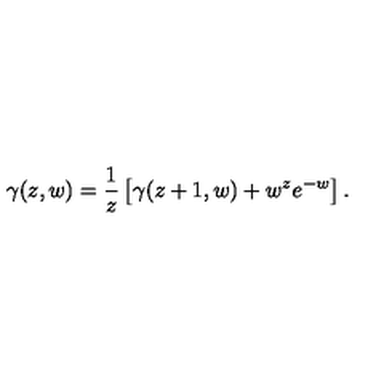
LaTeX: \gamma ( z , w ) = \frac { 1 } { z } \left[ \gamma ( z + 1 , w ) + w ^ { z } e ^ { - w } \right] .